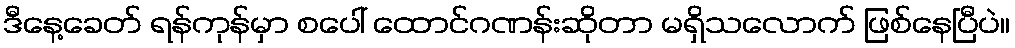
ဒီနေ့ခေတ် ရန်ကုန်မှာ စပေါ် ထောင်ဂဏန်းဆိုတာ မရှိသလောက် ဖြစ်နေပြီပဲ။